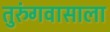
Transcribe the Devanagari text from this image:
तुरुंगवासाला